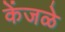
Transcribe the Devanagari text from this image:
केंजळे